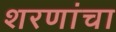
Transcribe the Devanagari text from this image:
शरणांचा